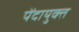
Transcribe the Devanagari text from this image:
पेंदायुक्त